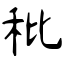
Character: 秕